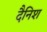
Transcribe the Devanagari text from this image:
दैनिश